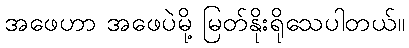
အဖေဟာ အဖေပဲမို့ မြတ်နိုးရိုသေပါတယ်။